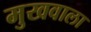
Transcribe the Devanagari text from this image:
मुखवाला